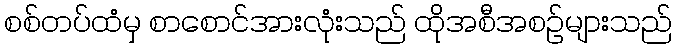
စစ်တပ်ထံမှ စာစောင်အားလုံးသည် ထိုအစီအစဉ်များသည်